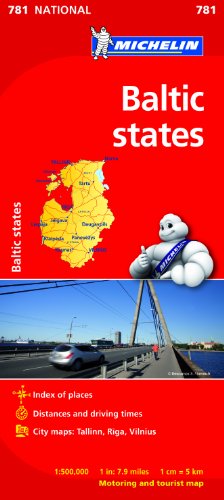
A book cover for Baltic States (Michelin National Maps); Travel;